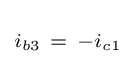
\scriptstyle i_{b3}~=~-i_{c1}